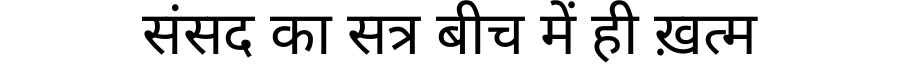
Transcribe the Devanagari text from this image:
संसद का सत्र बीच में ही ख़त्म